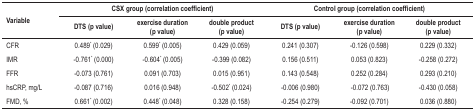
<table><thead><tr><td rowspan="2"><b>Variable</b></td><td colspan="3"><b>CSX group (correlationcoefficient)</b></td><td colspan="3"><b>Control group (correlationcoefficient)</b></td></tr><tr><td><b>DTS (p value)</b></td><td><b>exercise duration(p value)</b></td><td><b>double product(p value)</b></td><td><b>DTS (p value)</b></td><td><b>exercise duration(p value)</b></td><td><b>double product(p value)</b></td></tr></thead><tbody><tr><td>CFR</td><td>0.489* (0.029)</td><td>0.599* (0.005)</td><td>0.429 (0.059)</td><td>0.241 (0.307)</td><td>-0.126 (0.598)</td><td>0.229 (0.332)</td></tr><tr><td>IMR</td><td>-0.761* (0.000)</td><td>-0.604* (0.005)</td><td>-0.399 (0.082)</td><td>0.156 (0.511)</td><td>0.053 (0.823)</td><td>-0.258 (0.272)</td></tr><tr><td>FFR</td><td>-0.073 (0.761)</td><td>0.091 (0.703)</td><td>0.015 (0.951)</td><td>0.143 (0.548)</td><td>0.252 (0.284)</td><td>0.293 (0.210)</td></tr><tr><td>hsCRP, mg/L</td><td>-0.087 (0.716)</td><td>0.016 (0.948)</td><td>-0.502* (0.024)</td><td>-0.006 (0.980)</td><td> -0.072 (0.763)</td><td>-0.430 (0.058)</td></tr><tr><td>FMD, %</td><td>0.661* (0.002)</td><td>0.448* (0.048)</td><td>0.328 (0.158)</td><td>-0.254 (0.279)</td><td>-0.092 (0.701)</td><td>0.036 (0.880)</td></tr></tbody></table>